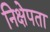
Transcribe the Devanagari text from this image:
निक्षेपता